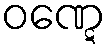
ဝဏ္ဋေ